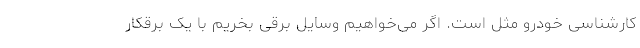
کارشناسی خودرو مثل است. اگر می‌خواهیم وسایل برقی بخریم با یک برقکار